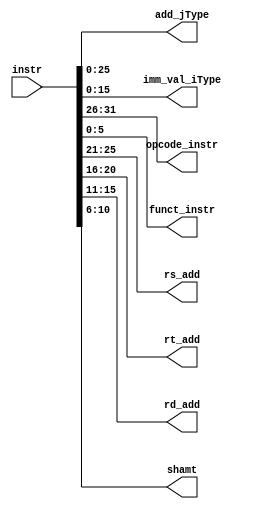
module decoder(
	output reg [25:0] add_jType,
	output reg [15:0] imm_val_iType,
	output reg [5:0] opcode_instr,	
	output reg [5:0] funct_instr,	
	output reg [4:0] rs_add,	
	output reg [4:0] rt_add,	
	output reg [4:0] rd_add,	
	output reg [4:0] shamt,
	input [31:0] instr	// output from instr mem
    );

	always @(*)
		begin
			add_jType = instr[25:0];
			imm_val_iType = instr[15:0];
			opcode_instr = instr[31:26];
			funct_instr = instr[5:0];
			rs_add = instr[25:21];
			rt_add = instr[20:16];
			rd_add = instr[15:11];
			shamt = instr[10:6];
		end

endmodule